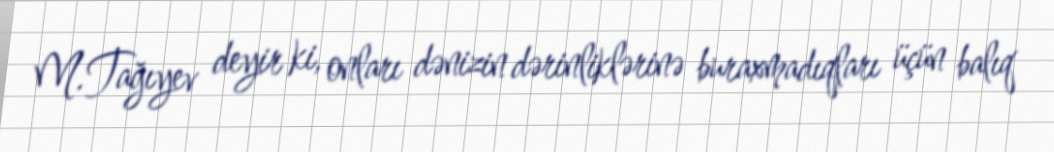
M.Tağıyev deyir ki, onları dənizin dərinliklərinə buraxmadıqları üçün balıq